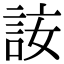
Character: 𧦣